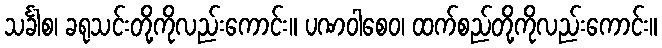
သင်္ခါစ၊ ခရုသင်းတို့ကိုလည်းကောင်း။ ပဏဝါစေဝ၊ ထက်စည်တို့ကိုလည်းကောင်း။